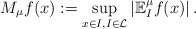
\begin{align*}M_\mu f(x) := \sup_{x\in I, I\in\mathcal{L}}\left|\mathbb{E}_{I}^\mu f(x)\right|.\end{align*}